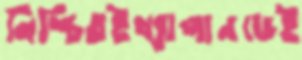
নিশ্চিতইখ্যাপানডেই